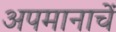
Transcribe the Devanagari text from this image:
अपमानाचें